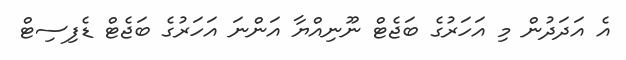
އެ އަދަދުން މި އަހަރުގެ ބަޖެޓް ނޫނިއްޔާ އަންނަ އަހަރުގެ ބަޖެޓް ޑެފިސިޓް